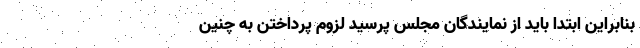
بنابراین ابتدا باید از نمایندگان مجلس پرسید لزوم پرداختن به چنین